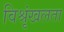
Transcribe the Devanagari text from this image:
विश्रृंखलता